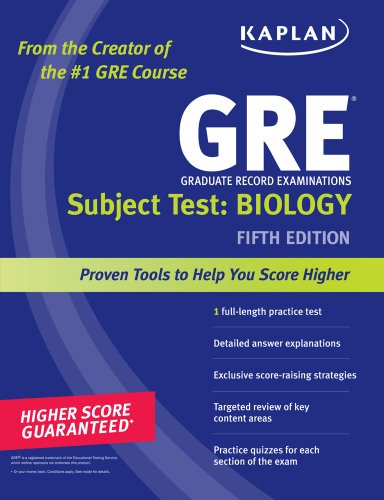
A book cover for Kaplan GRE Subject Test: Biology (Kaplan GRE Biology) 5th edition; Kaplan; Test Preparation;